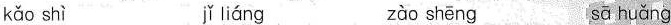
kǎo shì jǐ liáng zào shēng sā huǎng